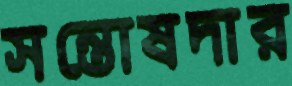
সন্তোষদার